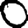
Digit: 0